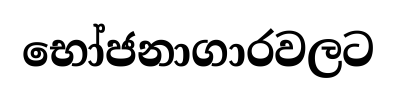
භෝජනාගාරවලට